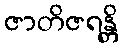
ဇာတိဇရန္တိ